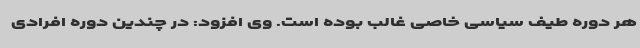
هر دوره طیف سیاسی خاصی غالب بوده است. وی افزود: در چندین دوره افرادی